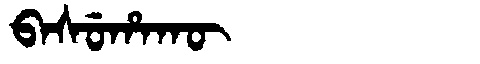
Manchu: ᠪᠠᠰᡠᡥᠠᡴᡡ
Romanization: BASUHAKŪ